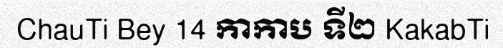
ChauTi Bey 14 កាកាប ទី២ KakabTi